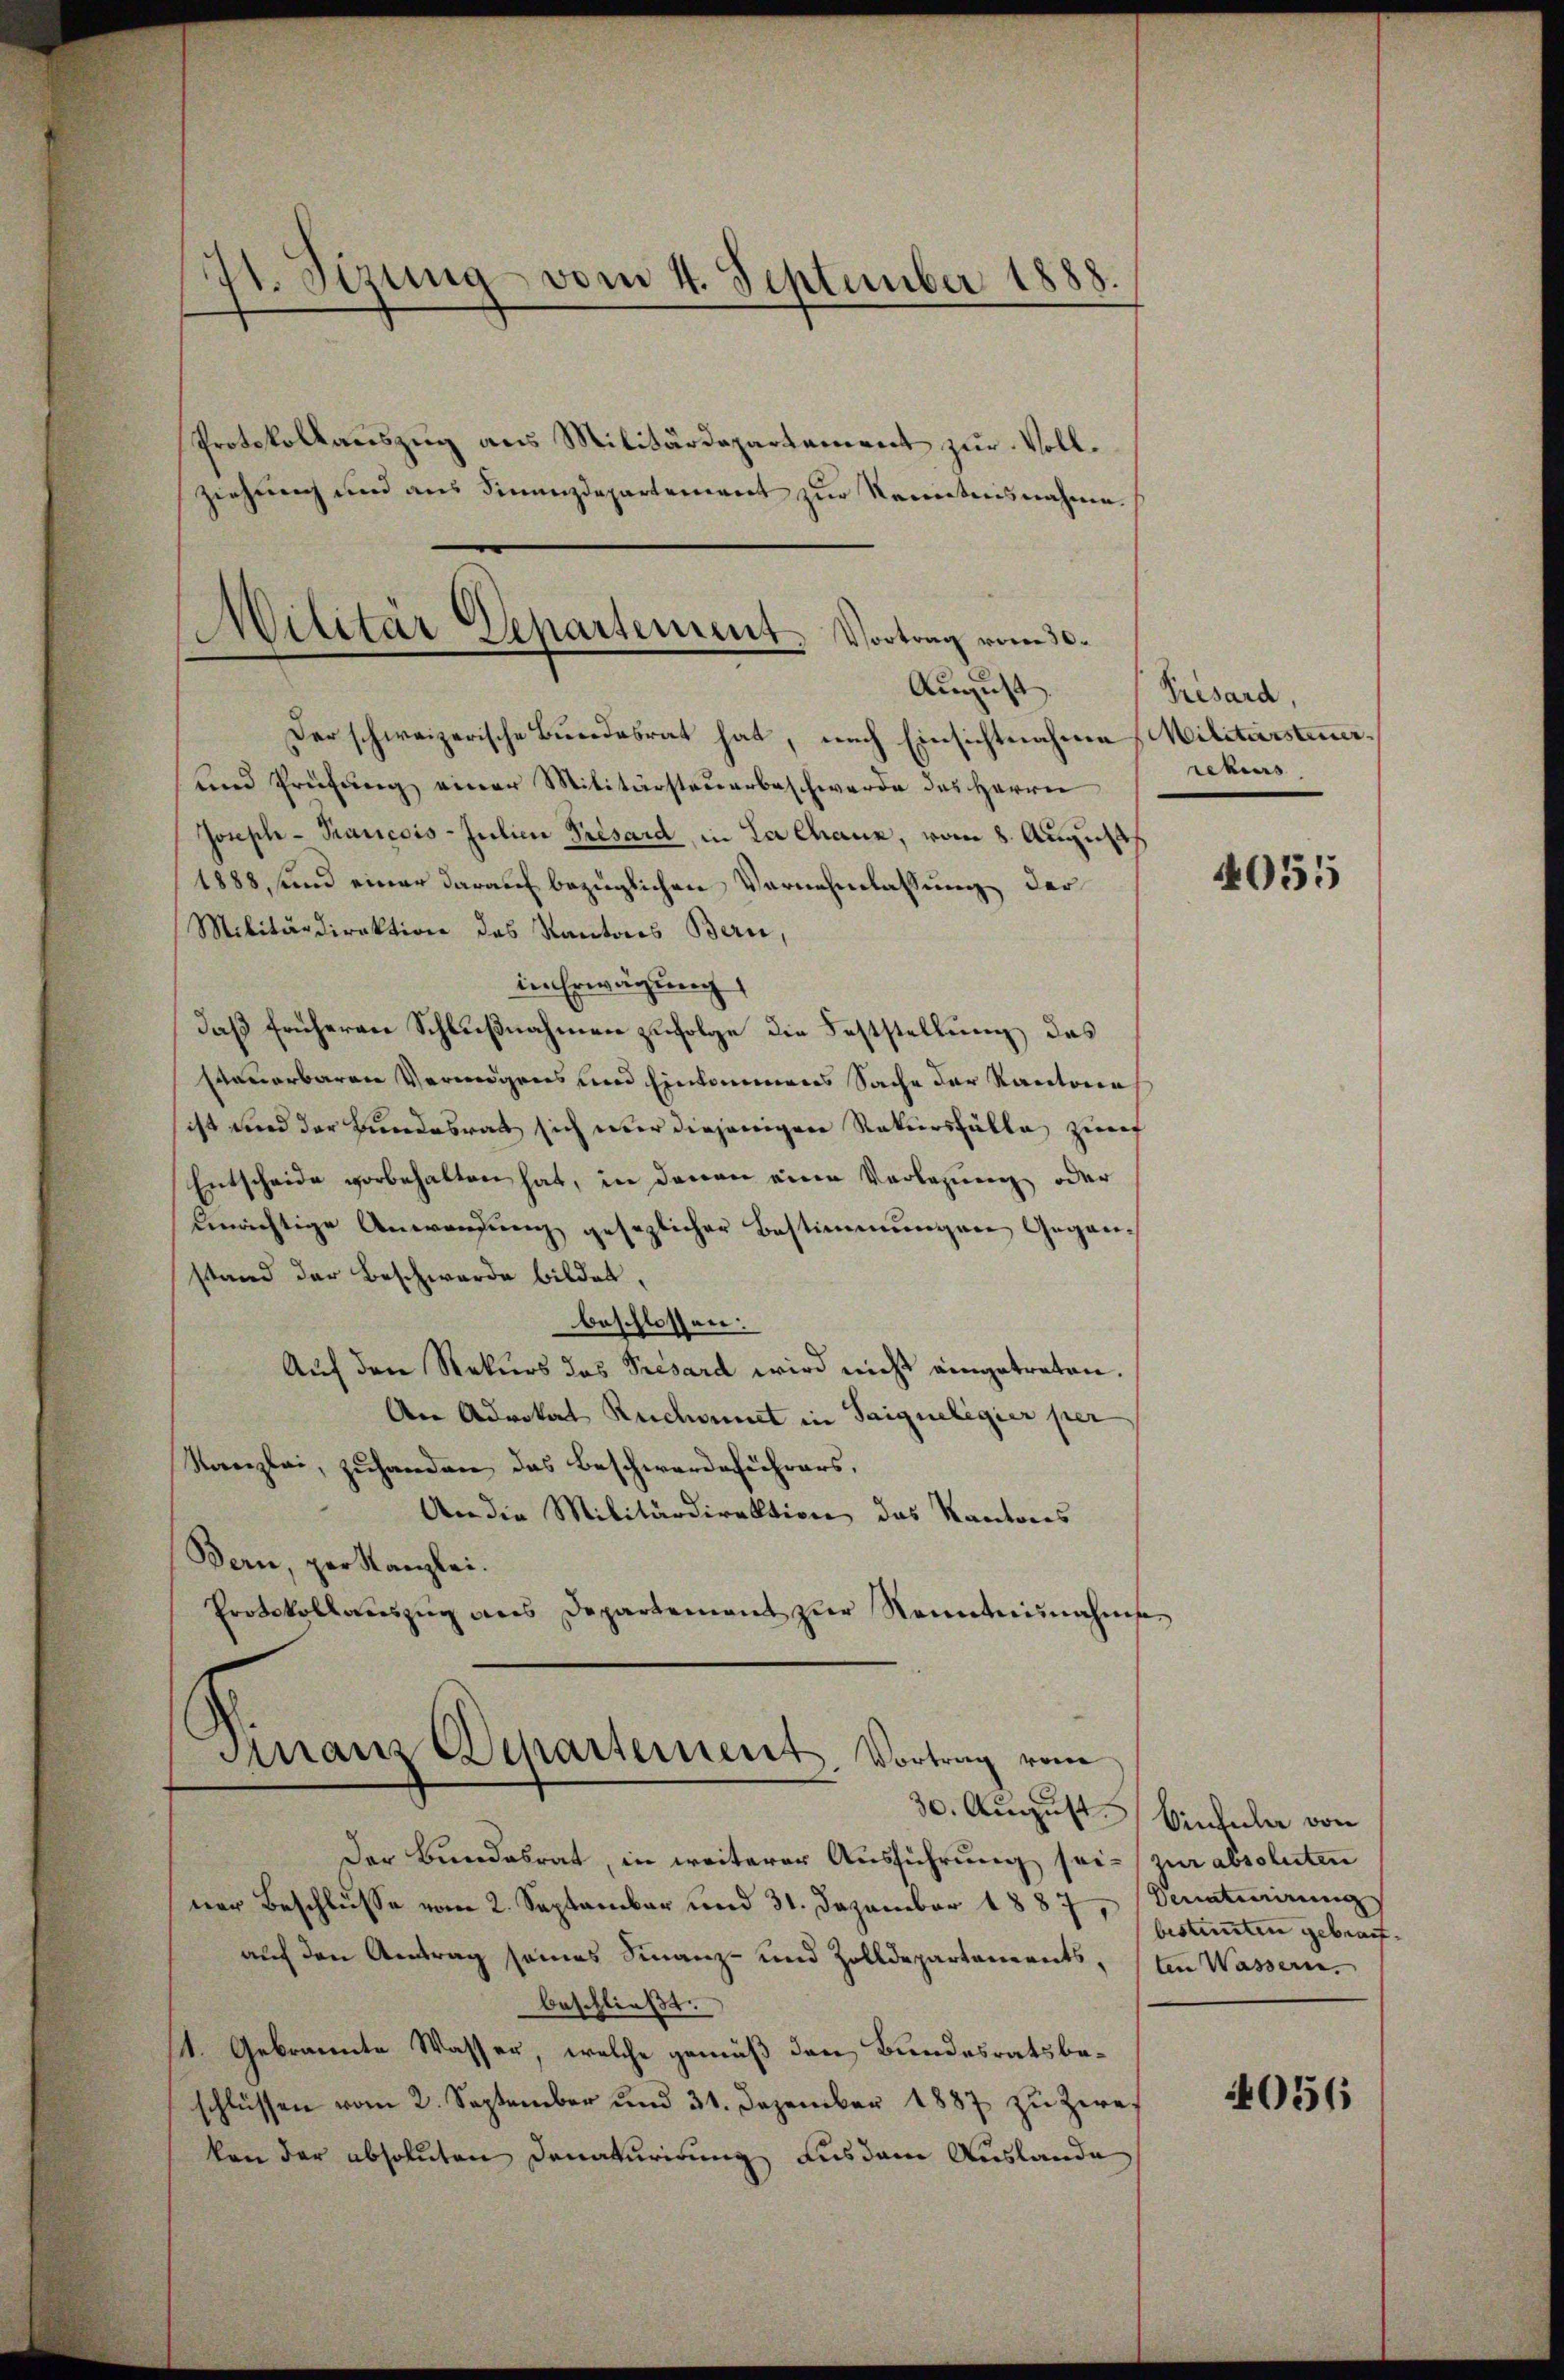
7t. Sizung vom 4. September 1888.
Protokollauszug aus Militärdepartement zur Vollziehung und aus Finanzdepartement zur Rennetensnahme.

Militär Departement. Vortrag vom 30.
August.

Der schweizerische Bundesrat hat, nach Einsichtnahme, Militärsteuer¬
und Prüfung einer Militärsteuerbeschwerde des Herrn
Joseph - Trancois-Julien Presard, in La Chaux, vom 8. August
1888, sind einer darauf bezüglichen Vernehmlassung der
Militärdirektion des Kantons Bern,
in Erwägung
daß früheren Schlußnahmen zufolge die Feststellung des
steuerbaren Vermögens und Einkommens Sache der Kantoren
sist und der Bundesrath sich aber diejenigen Rekursfälle zur
Entscheide vorbehalten hat, in davon eine Vorlegung oder
bemächtige Anwendung gesezlicher Bestimmungen Gegenstand der Beschwerde bildet,
beschlossen:
Auf den Rekurs das Presard wird nicht eingetreten.
An Advokat Ruchounct in Saigueligier per
Kanzlei, zuhanden das Beschwerdeführers,
An die Militärdirektion das Kantons
Bern, per Kanzlei.
Protokollauszug aus Departement zur Kenntnisnahme
Ananz Departement Vortrag vom
30. August. Vintuler von
Der Bundesrat, in weiterer Ausführung sei- zur absoluten
ner Beschlusse vom 2. September und 31. Dezember 1887, Ventirungs
auf den Antrag seines Finanz- und Zolldepartements, ten Wassern.
beschließt:
1. Gebrannte Wasser, welche gemäß den Bundesratsbeschlüssen vom 2. September und 31. Dezember 1887 zu zwei
kon der absoluten Danakurirung aus dem Auslande

Prisard,
rebers

4055

bestimmten gebrach¬

056